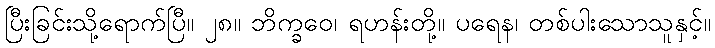
ပြီးခြင်းသို့ရောက်ပြီ။ ၂၈။ ဘိက္ခဝေ၊ ရဟန်းတို့။ ပရေန၊ တစ်ပါးသောသူနှင့်။